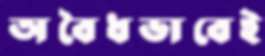
অবৈধভাবেই